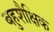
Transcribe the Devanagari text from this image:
बहुशैक्षिक